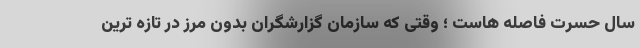
سال حسرت فاصله هاست ؛ وقتی که سازمان گزارشگران بدون مرز در تازه ترین